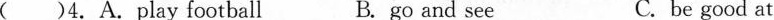
( )4.A.Play football B. go and see C. be good at